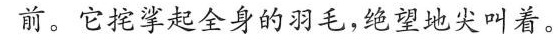
前。它挖挲起全身的羽毛，绝望地尖叫着。